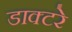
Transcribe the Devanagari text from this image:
डाक्टरे